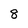
Character: 8